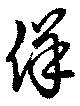
佯